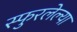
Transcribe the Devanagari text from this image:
स्फुरलेल्या